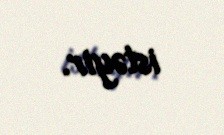
istəyir.